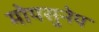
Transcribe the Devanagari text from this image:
मोयसुनेप